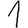
Digit: 1